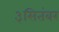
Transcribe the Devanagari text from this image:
३सितंबर